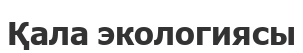
Қала экологиясы